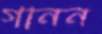
গানন